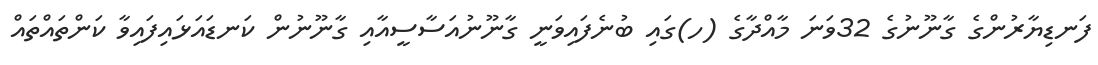
ފަނޑިޔާރުންގެ ގާނޫނުގެ 32ވަނަ މާއްދާގެ (ހ)ގައި ބުނެފައިވަނީ ގާނޫނުއަސާސީއާއި ގާނޫނުން ކަނޑައަޅައިފައިވާ ކަންތައްތައް